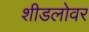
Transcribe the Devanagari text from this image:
शीडलोवर